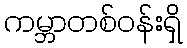
ကမ္ဘာတစ်ဝန်းရှိ